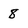
Character: 8